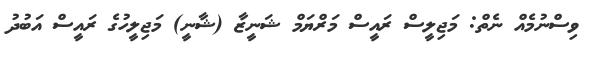
ވިސްނުމެއް ނެތް: މަޖިލީސް ރައީސް މަރްޔަމް ޝަނީޒާ (ޝާނީ) މަޖިލީހުގެ ރައީސް އަބުދު